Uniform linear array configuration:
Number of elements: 8
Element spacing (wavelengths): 0.5
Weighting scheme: kaiser
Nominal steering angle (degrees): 30
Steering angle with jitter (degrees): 31.013
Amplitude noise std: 0.05
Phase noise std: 0.05

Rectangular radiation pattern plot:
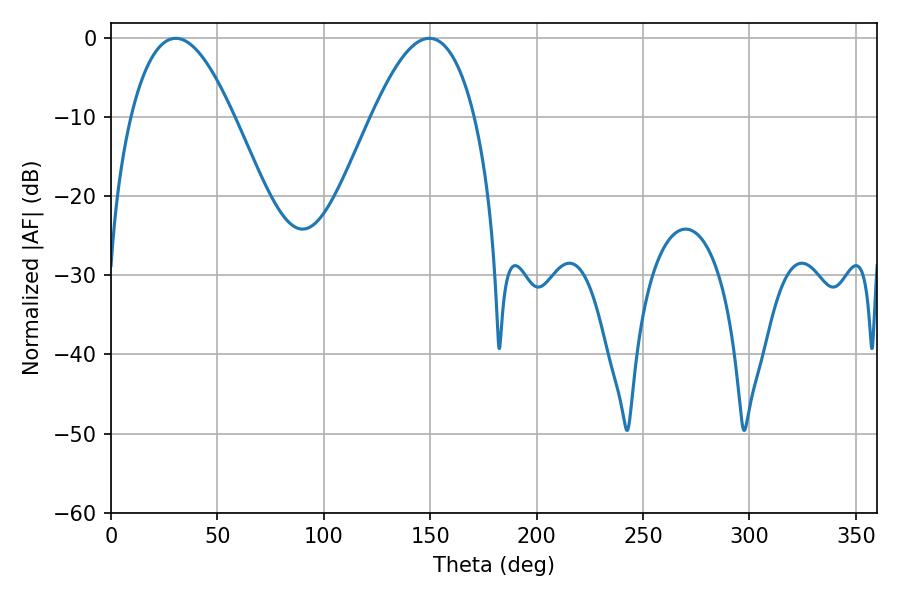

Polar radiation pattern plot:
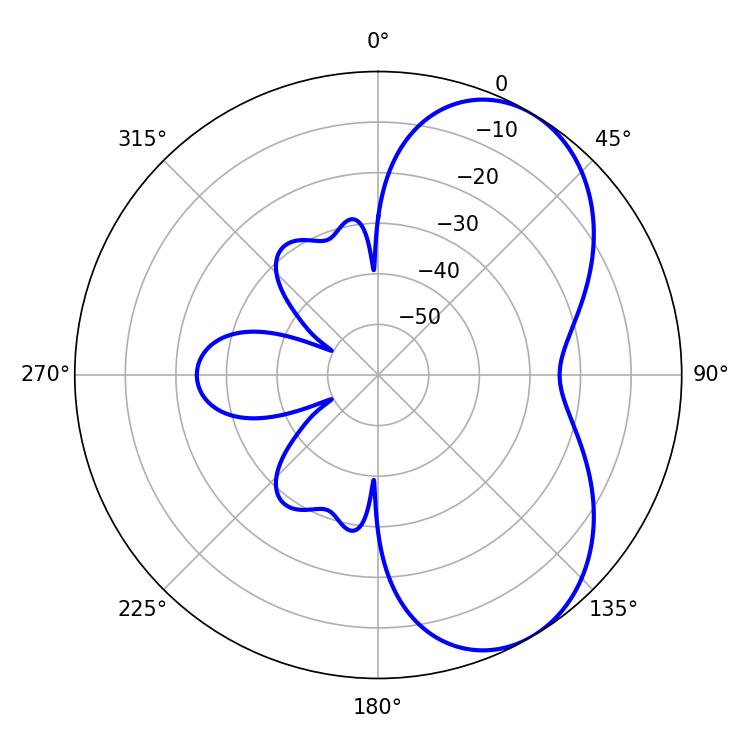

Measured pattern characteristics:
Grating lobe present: FALSE
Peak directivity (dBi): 5.804
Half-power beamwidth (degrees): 26.46
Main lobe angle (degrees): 30.42